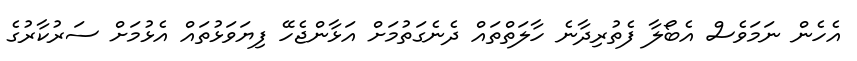
އެހެން ނަމަވެސް އެބޯލާ ފެތުރިދާނެ ހާލަތްތައް ދެނެގަތުމަށް އަޅާންޖެހޭ ފިޔަވަޅުތައް އެޅުމަށް ސަރުކާރުގެ